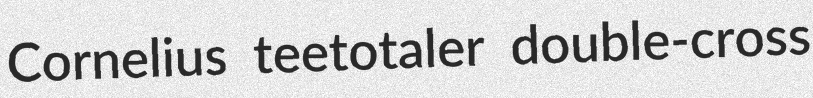
Cornelius teetotaler double-cross